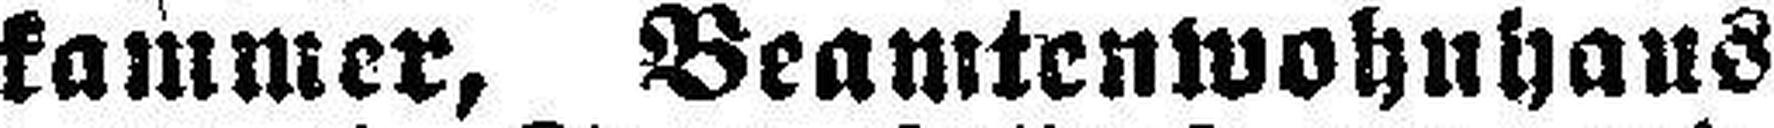
kammer, Beamtenwohnhaus